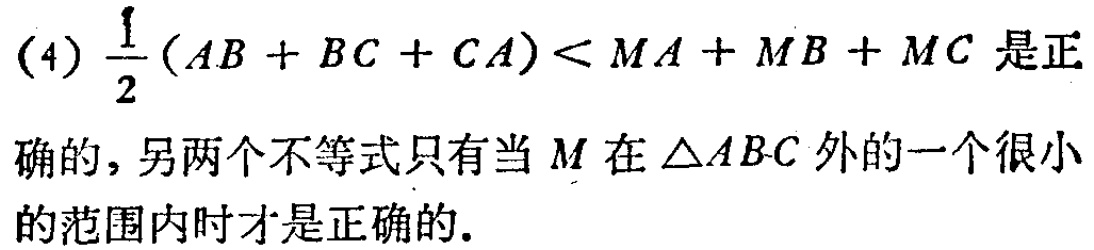
(4) \(\frac{1}{2}(AB + BC + CA)<MA + MB + MC\) 是正确的，另两个不等式只有当 \(M\) 在 \(\triangle ABC\) 外的一个很小的范围内时才是正确的.